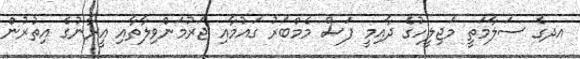
އދގެ ސަލާމަތީ މަޖިލީހުގެ ދާއިމީ ފަސް މެމްބަރު ގައުމާއި ޖަރުމަންވިލާތާއި އީރާނުގެ އިތުރުން